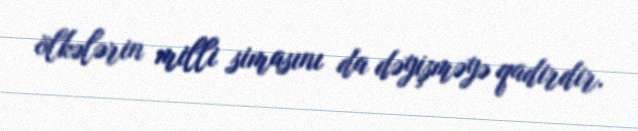
ölkələrin milli simasını da dəyişməyə qadirdir.